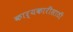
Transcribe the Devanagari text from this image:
कार्यकारींसाठी